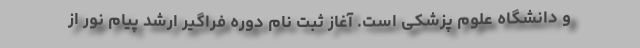
و دانشگاه علوم پزشکی است. آغاز ثبت نام دوره فراگیر ارشد پیام نور از